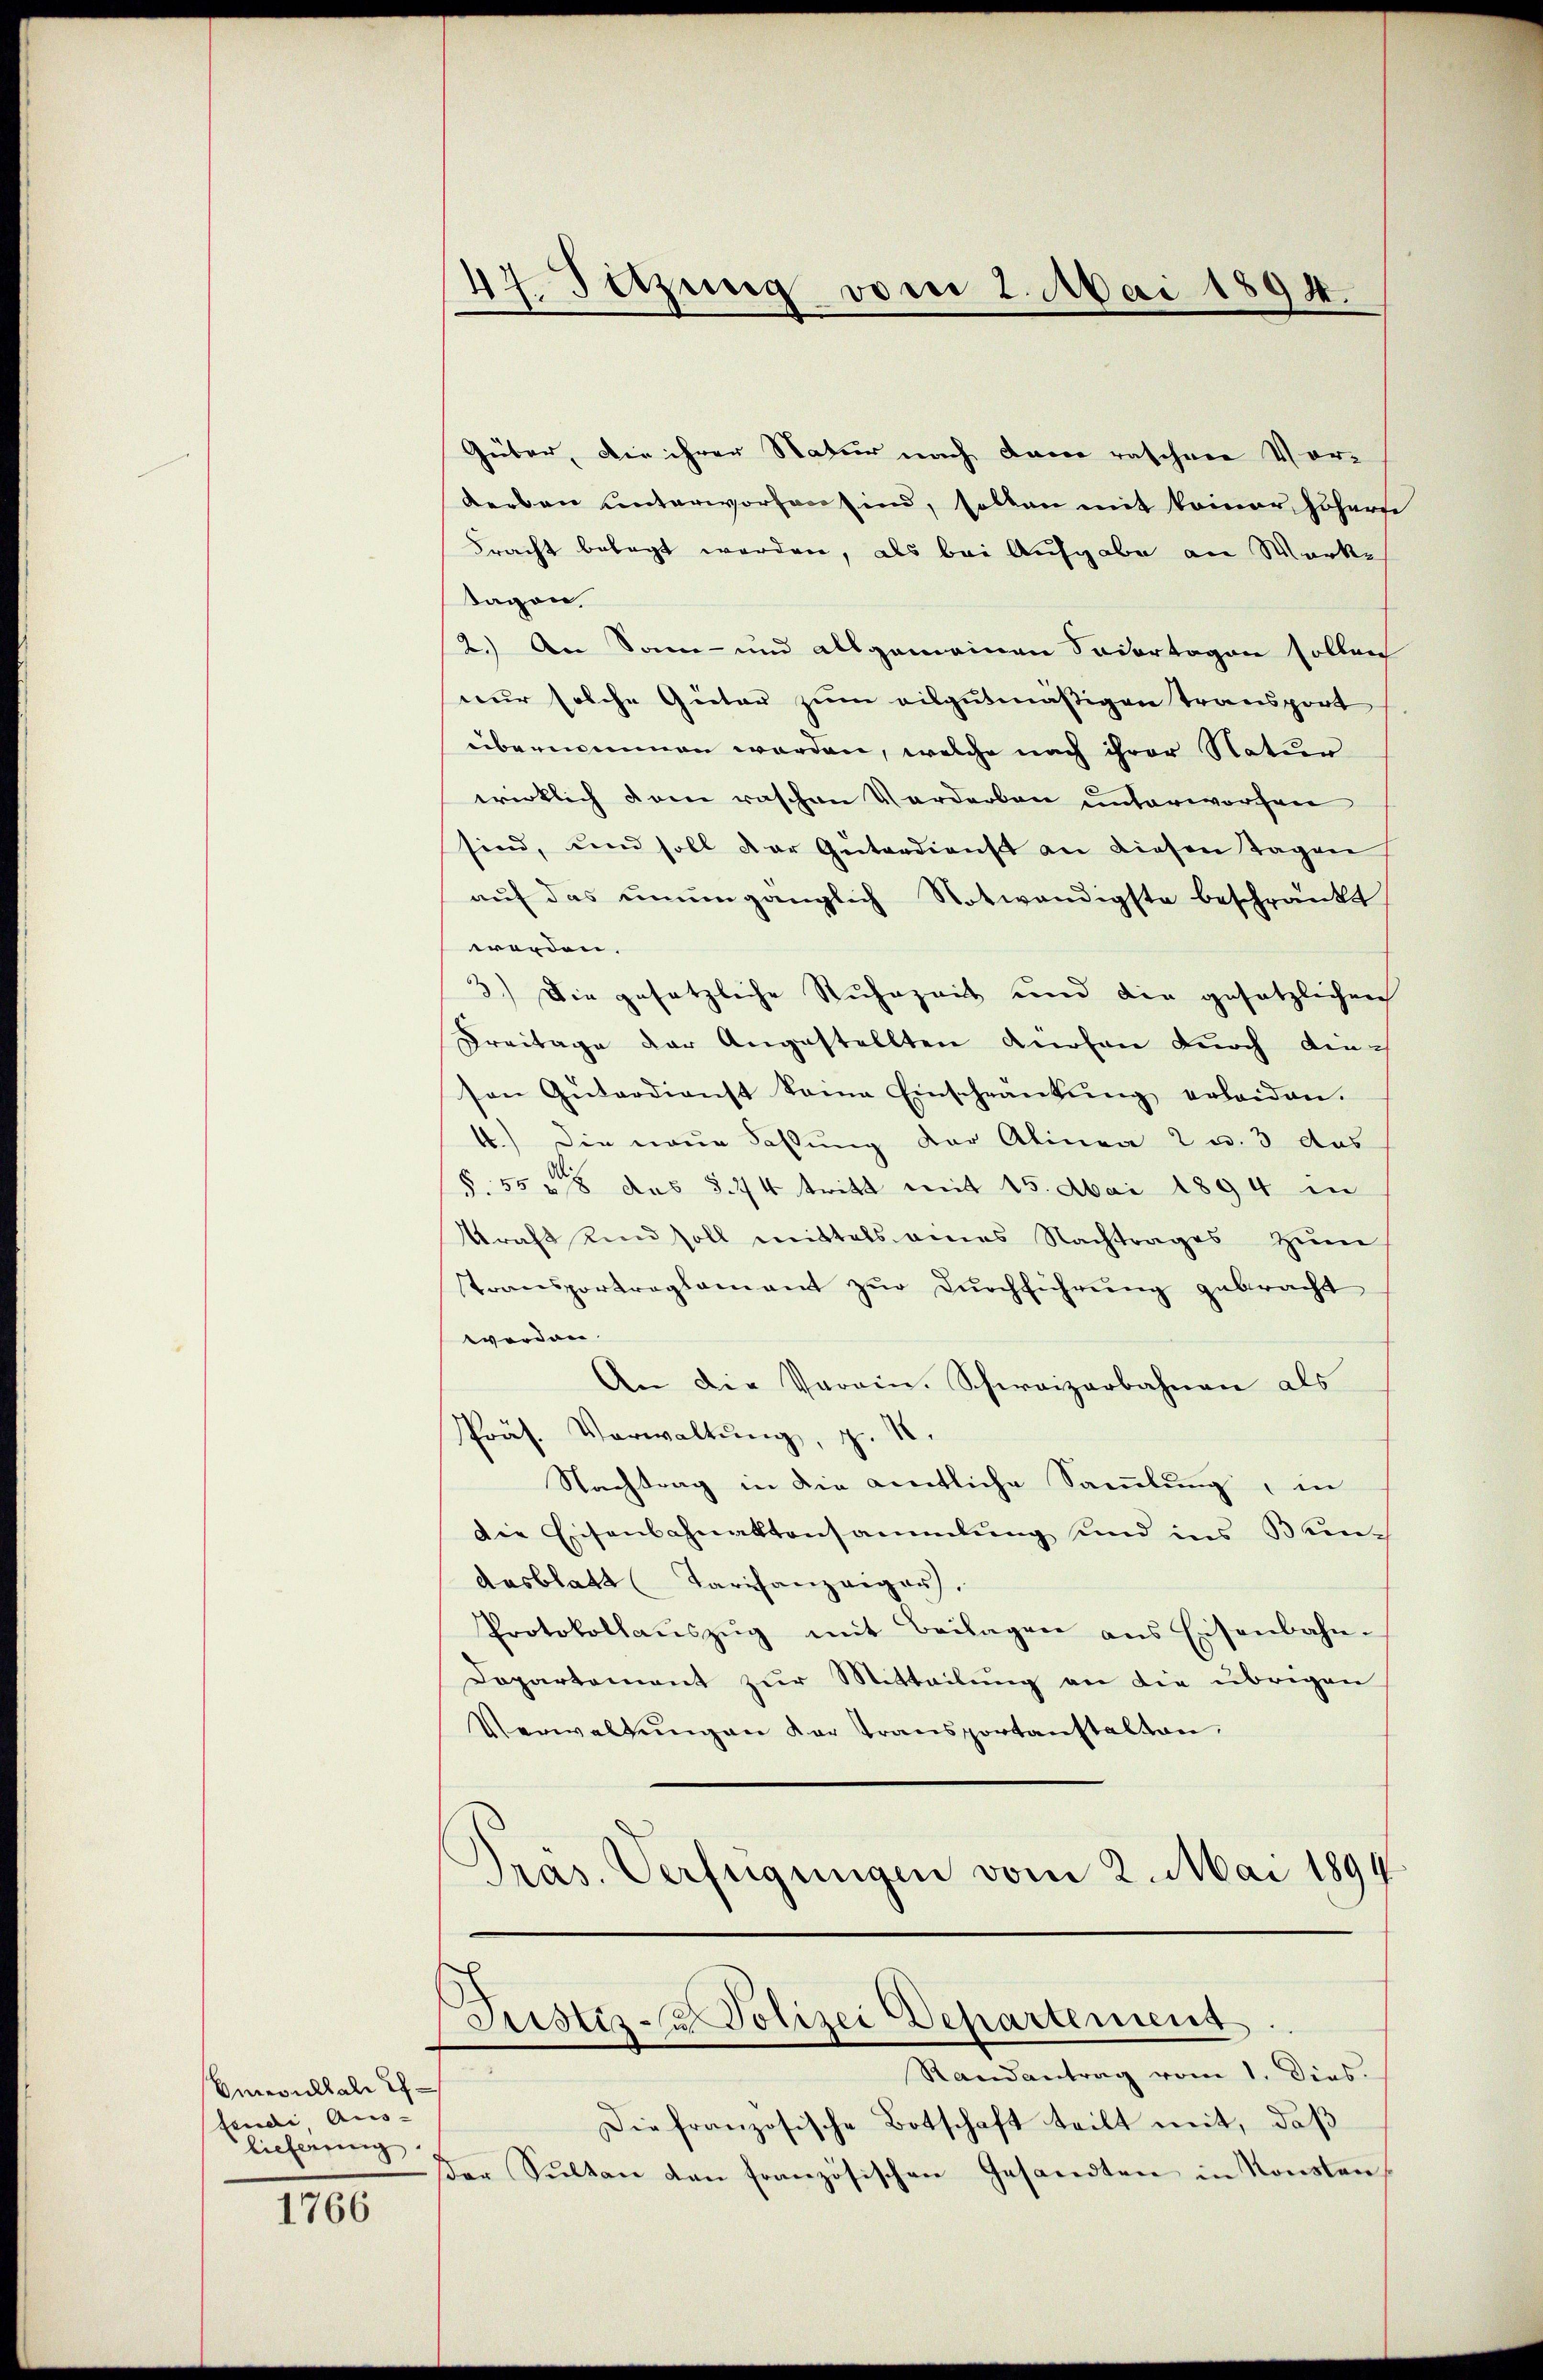
Emeulkale Ihfeudi Aus- |
lieferung

1766

47. Setzung vom 2. Mai 1894.

Güter, die ihrer Natur nach dann raschen Vor¬
Kerben unterworfen sind, sollen mit keiner Höherse
Fracht belegt werden, als bei Aufgabe an Werkeh
sagen,
2.) An Sonn- und allgemeinen Sodertogon sollen
nur solche Gietar zum vilgutmäßigen Transport
übernommen werden, welche nach ihrer Natur
wirklich dem raschen Verdarben unterworfen
sind, und soll der Güterdienst an diesen Tagen
auf das unumgänglich Notwendigste beschränkt
worden.
3.) Die gesetzliche Ruhezeit und die gesetzlichen
Dreitage der Angestellten Knoten durch diesen Gŭtardienst keine Einschrankŭng erleiden.
4.) Die neue Fassung der Alinea 2 u. 3 das
§. 558 des §. 44 tritt mit 15. Mai 1894 in
kraft und soll mittels eines Nachtrages zŭm
Transportreglement zŭr Dŭrchführŭng gebracht
worden.
An die Verein. Schweizerbahnen als
Präs. Verwaltŭng, z. 1.
Nachtrag in die amtliche Sammlung, in
Die Eisenbahnaktensammlung und ins Bundasblatt Tarifanzeiger,
Protokollaŭszŭg mit Beilagen ans Eisenbahn-
Dopartement zur Mitteilung an die übrigen
Verwaltŭngen der Transportanstalten.
Präs. Verfügungen vom 2. Mai 1899.

Justiz- u Polizei Departement

Randantrag vom 1. Dies.
Die französische Botschaft teilt mit, daß
der Sŭlten dan französischen Gesandten in Konsten